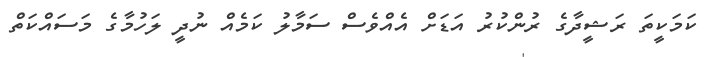
ކަމަކީތަ ރަޝީދާގެ ރުންކުރު އަޑަށް އެއްވެސް ސަމާލު ކަމެއް ނުދީ ލަހުމާގެ މަސައްކަތް